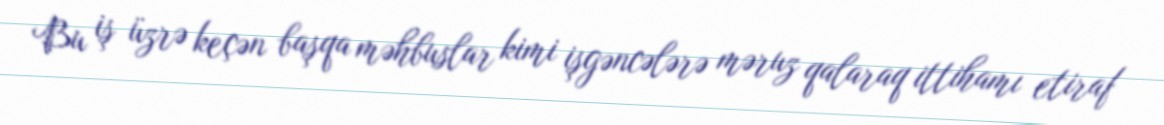
Bu iş üzrə keçən başqa məhbuslar kimi işgəncələrə məruz qalaraq ittihamı etiraf